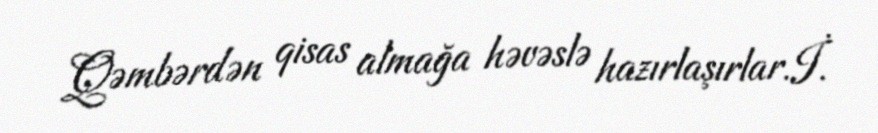
Qəmbərdən qisas almağa həvəslə hazırlaşırlar.İ.